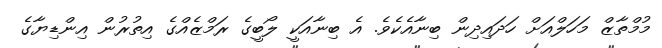
މުމްތާޒް މަހަލްއަށް ހަދައިދިން ބިނާއެކެވެ. އެ ބިނާއަކީ ލޯބީގެ ރަމްޒެއްގެ އިތުރުން އިންޑިޔާގެ